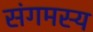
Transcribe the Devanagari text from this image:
संगमस्य